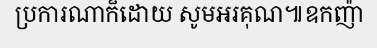
ប្រការណាក៏ដោយ សូមអរគុណ៕ឧកញ៉ា